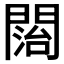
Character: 𨵔